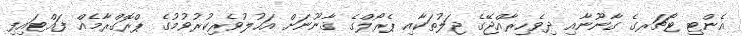
އެންޓި ޓޯޗަރގެ ގާނޫނާއި ދިވެހިރާއްޖޭގެ ޖަލުތަކާއި ޕެރޯލްގެ ޤާނޫނަށް އަހުލުވެރިކުރުވުމުގެ ޕްރޮގްރާމެއް ފައްޓައިފި